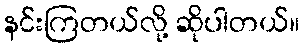
နင်းကြတယ်လို့ ဆိုပါတယ်။